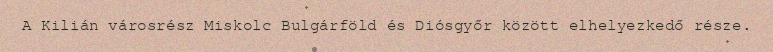
A Kilián városrész Miskolc Bulgárföld és Diósgyőr között elhelyezkedő része.